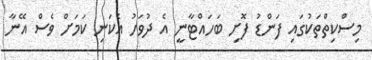
މިސްކިތްތަކުގައި ފަންޑު ފޮށި ބަހައްޓާނީ އެ ދުވަހު އެކަނި ކަމަށް ވެސް އޭނާ